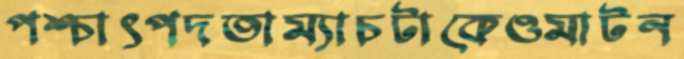
পশ্চাৎপদতাম্যাচটাকেওমাটন